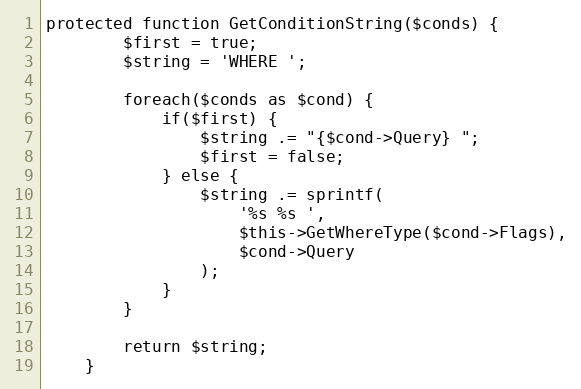
Language: PHP
protected function GetConditionString($conds) {
		$first = true;
		$string = 'WHERE ';

		foreach($conds as $cond) {
			if($first) {
				$string .= "{$cond->Query} ";
				$first = false;
			} else {
				$string .= sprintf(
					'%s %s ',
					$this->GetWhereType($cond->Flags),
					$cond->Query
				);
			}
		}

		return $string;
	}